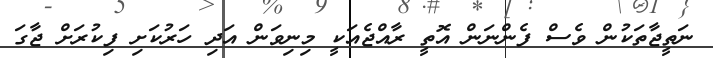
ނަތީޖާތަކުން ވެސް ފެންނަން އޮތީ ރާއްޖެއަކީ މިނިވަން އަދި ހަރުކަށި ފިކުރަށް ޖާގަ